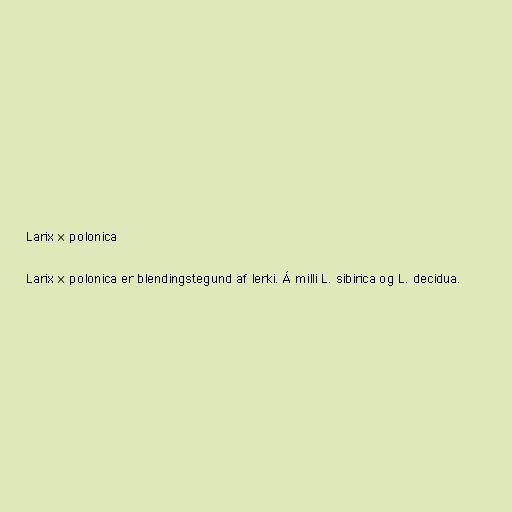
Larix × polonica

Larix × polonica er blendingstegund af lerki. Á milli L. sibirica og L. decidua.